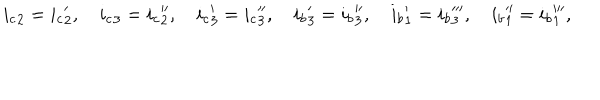
{ i _ { c } } _ { 2 } = { i _ { c } } _ { 2 } ^ { \prime } , \quad { i _ { c } } _ { 3 } = { i _ { c } } _ { 2 } ^ { \prime \prime } , \quad { i _ { c } } _ { 3 } ^ { \prime } = { i _ { c } } _ { 3 } ^ { \prime \prime } , \quad { i _ { b } } _ { 3 } ^ { \prime } = { i _ { b } } _ { 3 } ^ { \prime \prime } , \quad { i _ { b } } _ { 1 } ^ { \prime } = { i _ { b } } _ { 3 } ^ { \prime \prime \prime } , \quad { i _ { b } } _ { 1 } ^ { \prime \prime } = { i _ { b } } _ { 1 } ^ { \prime \prime \prime } ,